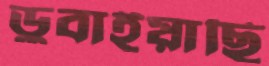
ডুবাইয়াছি